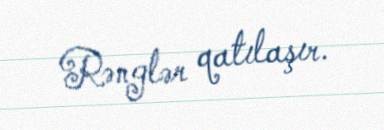
Rənglər qatılaşır.